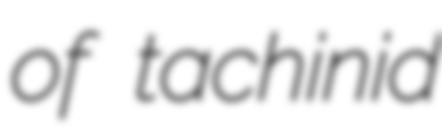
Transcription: of tachinid